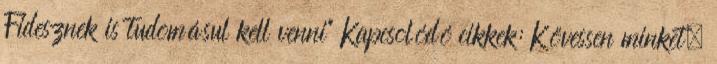
Fidesznek is tudomásul kell venni” Kapcsolódó cikkek: Kövessen minket,